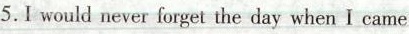
5.I would never forget the day when I came